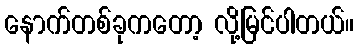
နောက်တစ်ခုကတော့ လို့မြင်ပါတယ်။